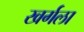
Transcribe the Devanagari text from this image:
खर्गला